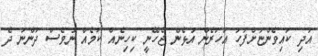
އަދި ކައިވެންޏަށްފަހު އަހަރެން އުޅެން ޖެހޭނީ ކިހިނެއް ކަމެއް ނުވެސް ދަންނަ ދެ